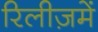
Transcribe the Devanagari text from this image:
रिलीज़में